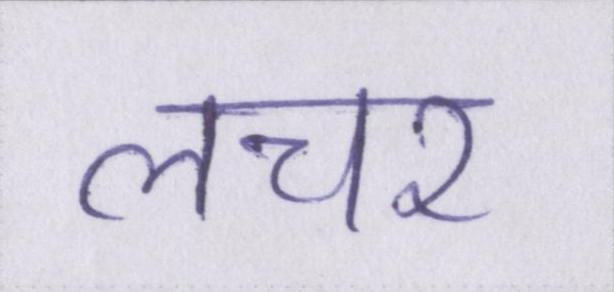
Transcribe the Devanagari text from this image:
लचर